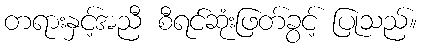
တရားနှင့်အညီ စီရင်ဆုံးဖြတ်ခွင့် ပြုသည်။